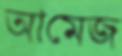
আমেজ